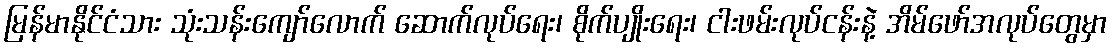
မြန်မာနိုင်ငံသား သုံးသန်းကျော်လောက် ဆောက်လုပ်ရေး၊ စိုက်ပျိုးရေး၊ ငါးဖမ်းလုပ်ငန်းနဲ့ အိမ်ဖော်အလုပ်တွေမှာ